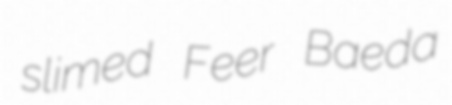
slimed Feer Baeda